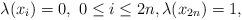
LaTeX: \begin{align*} \lambda(x_i)=0, \ 0\leq i\leq 2n, \lambda(x_{2n})=1,\end{align*}